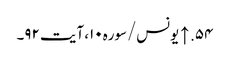
۵۴. ↑ یونس/سوره۱۰، آیت ۹۲۔